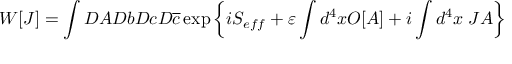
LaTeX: W [ J ] = \int D A D b D c D \overline { { { c } } } \exp \left\{ i S _ { e f f } + \varepsilon \int d ^ { 4 } x O [ A ] + i \int d ^ { 4 } x \; J A \right\}